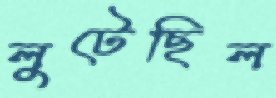
লুটেছিল